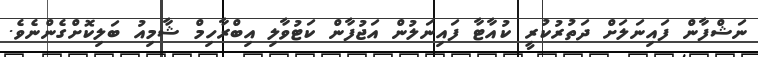
ނަޝްފާން ފައިނަލަށް ދަތުރުކުރީ ކުއާޓާ ފައިނަލުން އަޖުފާން ކަޓުވާލި އިބްރާހިމް ޝާމިއު ބަލިކޮށްގެންނެވެ.